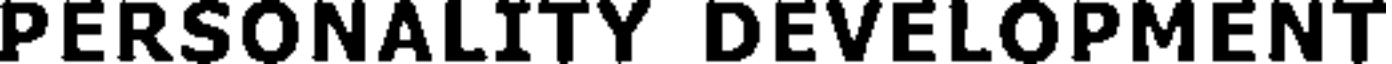
PERSONALITY DEVELOPMENT